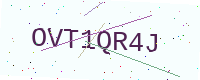
Text: OVT1QR4J